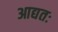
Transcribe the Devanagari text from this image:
आद्यतः